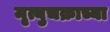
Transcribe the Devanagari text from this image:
मृत्युचक्राच्या